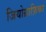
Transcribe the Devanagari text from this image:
जियोग्राफ़िका